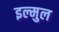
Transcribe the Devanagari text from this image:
इल्मुल